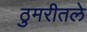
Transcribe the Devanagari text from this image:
ठुमरीतले